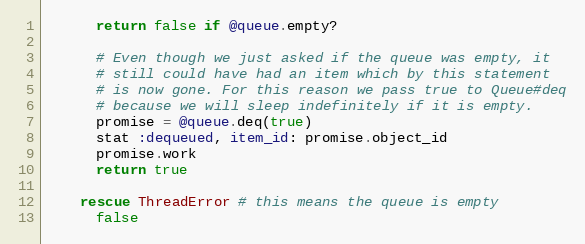
Language: Ruby
      return false if @queue.empty?

      # Even though we just asked if the queue was empty, it
      # still could have had an item which by this statement
      # is now gone. For this reason we pass true to Queue#deq
      # because we will sleep indefinitely if it is empty.
      promise = @queue.deq(true)
      stat :dequeued, item_id: promise.object_id
      promise.work
      return true

    rescue ThreadError # this means the queue is empty
      false